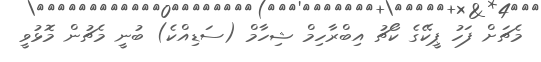
މެޗަށް ފަހު ޕީކޭގެ ކޯޗު އިބްރާހިމް ޝިހާމް (ސަޑިއްކެ) ބުނީ މެޗުން މޮޅުވީ